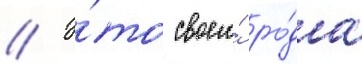
// Э́то своего́ ро́да